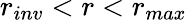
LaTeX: r_{inv}<r<r_{max}